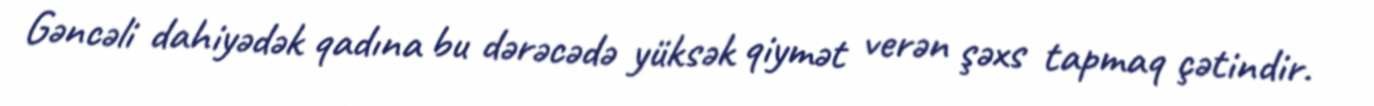
Gəncəli dahiyədək qadına bu dərəcədə yüksək qiymət verən şəxs tapmaq çətindir.